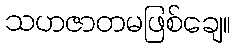
သဟဇာတမဖြစ်ချေ။